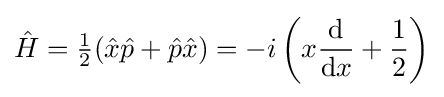
{\hat {H}}={\tfrac {1}{2}}({\hat {x}}{\hat {p}}+{\hat {p}}{\hat {x}})=-i\left(x{\frac {\mathrm {d} }{\mathrm {d} x}}+{\frac {1}{2}}\right)